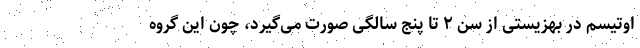
اوتیسم در بهزیستی از سن ۲ تا پنج سالگی صورت می‌گیرد، چون این گروه